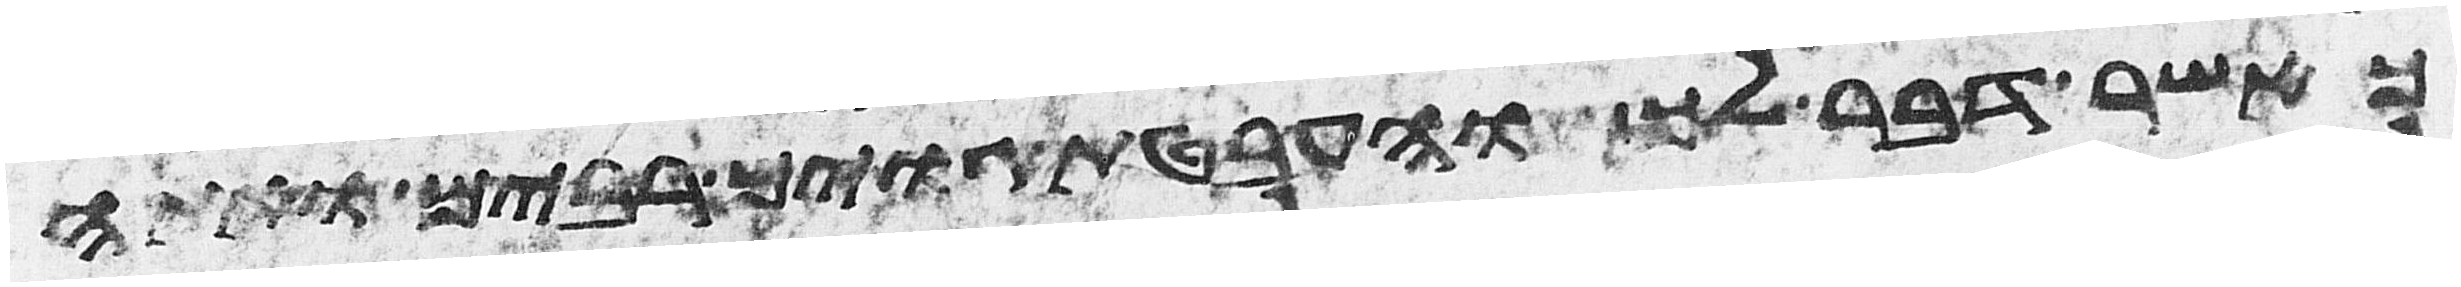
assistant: כאשר דבר לך והעבטת גוים רבים ואתה